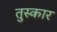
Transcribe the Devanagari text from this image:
तुस्कार